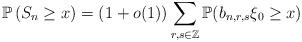
LaTeX: \begin{align*}\mathbb{P}\left( S_{n}\geq x\right) =(1+o(1))\sum_{r,s\in \mathbb{Z}}\mathbb{P}(b_{n,r,s}\xi_{0}\geq x)\end{align*}